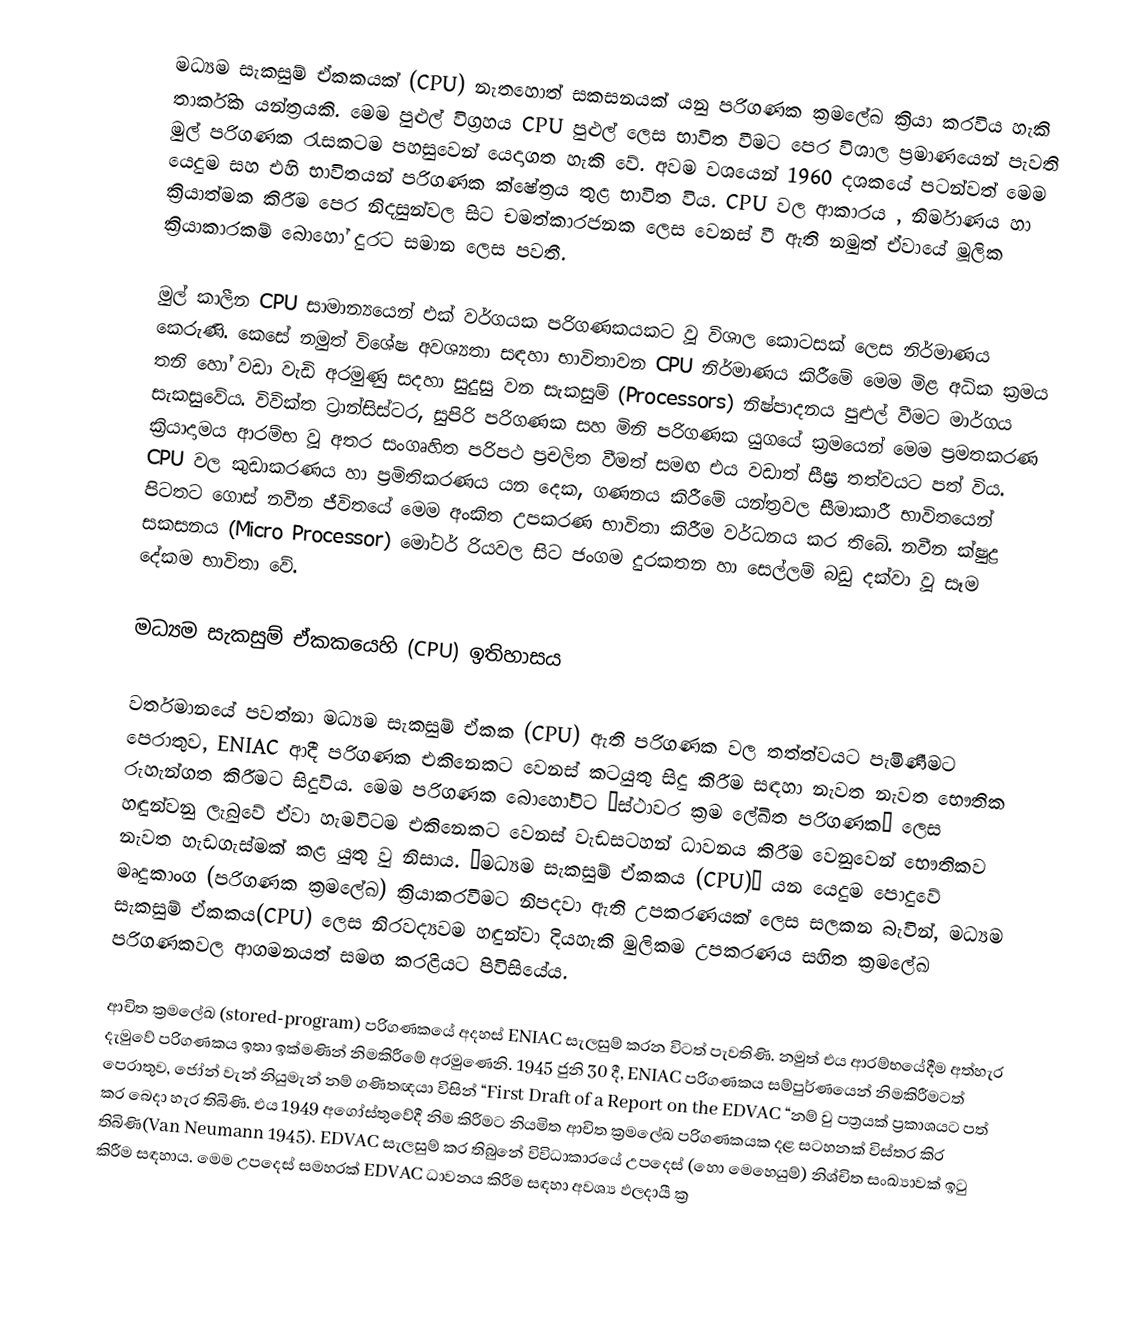
මධ්‍යම සැකසුම් ඒකකයක් (CPU) නැතහොත් සකසනයක් යනු පරිගණක ක්‍රමලේඛ ක්‍රියා කරවිය හැකි තාර්කික යන්ත්‍රයකි. මෙම පුළුල් විග්‍රහය CPU පුළුල් ලෙස භාවිත වීමට පෙර විශාල ප්‍රමාණයෙන් පැවති මුල් පරිගණක රැසකටම පහසුවෙන් යෙදාගත හැකි වේ. අවම වශයෙන් 1960 දශකයේ පටන්වත් මෙම යෙදුම සහ එහි භාවිතයන් පරිගණක ක්ෂේත්‍රය තුළ භාවිත විය. CPU වල ආකාරය , නිර්මාණය හා ක්‍රියාත්මක කිරීම පෙර නිදසුන්වල සිට චමත්කාරජනක ලෙස වෙනස් වී ඇති නමුත් ඒවායේ මූලික ක්‍රියාකාරකම් බොහෝ දුරට  සමාන ලෙස පවතී.

මුල් කාලීන CPU සාමාන්‍යයෙන් එක් වර්ගයක පරිගණකයකට වූ විශාල කොටසක් ලෙස නිර්මාණය කෙරුණි. කෙසේ නමුත් විශේෂ අවශ්‍යතා සඳහා භාවිතාවන CPU නිර්මාණය කිරීමේ ‍මෙම මිළ අධික ක්‍රමය තනි හෝ වඩා වැඩි අරමුණු සදහා සුදුසු වන සැකසුම් (Processors) නිෂ්පාදනය පුළුල් වීමට මාර්ගය සැකසුවේය.  විවික්ත ට්‍රාන්සිස්ටර, සුපිරි පරිගණක සහ මිනි පරිගණක යුගයේ ක්‍රමයෙන් මෙම ප්‍රමතකරණ ක්‍රියාදාමය ආරම්භ වූ අතර සංගෘහිත පරිපථ ප්‍රචලිත වීමත් සමඟ එය වඩාත් සීඝ්‍ර තත්වයට පත් විය. CPU වල කුඩාකරණය හා ප්‍රමිතිකරණය යන දෙක, ගණනය කිරීමේ යන්ත්‍රවල සීමාකාරී භාවිතයෙන් පිටතට ගොස් නවීන ජීවිතයේ මෙම අංකිත උපකරණ භාවිතා කිරීම වර්ධනය කර තිබේ. නවීන ක්ෂුද්‍ර සකසනය (Micro Processor) මෝටර්  රියවල සිට ජංගම දුරකතන හා සෙල්ලම් බඩු දක්වා වූ සෑම දේකම භාවිතා වේ.

මධ්‍යම සැකසුම් ඒකකයෙහි (CPU) ඉතිහාසය

වර්තමානයේ පවත්නා මධ්‍යම සැකසුම් ඒකක (CPU) ඇති පරිගණක වල තත්ත්වයට පැමිණීමට පෙරාතුව, ENIAC ආදී පරිගණක එකිනෙකට වෙනස් කටයුතු සිදු කිරීම සඳහා නැවත නැවත භෞතික රුහැන්ගත කිරීමට සිදුවිය. මෙම පරිගණක බොහෝවිට “ස්ථාවර ක්‍රම ලේඛිත පරිගණක” ලෙස හඳුන්වනු ලැබුවේ ‍ඒවා හැමවිටම එකිනෙකට වෙනස් වැඩසටහන් ධාවනය කිරීම වෙනුවෙන් භෞතිකව නැවත හැඩගැස්මක් කළ යුතු වු නිසාය. “මධ්‍යම සැකසුම් ඒකකය (CPU)” යන යෙදුම පොදුවේ මෘදුකාංග (පරිගණක ක්‍රමලේඛ) ක්‍රියාකරවීමට නිපදවා ඇති උපකරණයක් ලෙස සලකන බැවින්, මධ්‍යම සැකසුම් ඒකකය(CPU) ලෙස නිරවද්‍යවම හඳුන්වා දියහැකි මුලිකම උපකරණය ‍සහිත ක්‍රමලේඛ පරිගණකවල ආගමනයත් සමඟ කරළියට පිවිසියේය.

ආචිත ක්‍රමලේඛ (stored-program) පරිගණකයේ අදහස් ENIAC සැලසුම් කරන විටත් පැවතිණි. නමුත් එය ආරම්භයේදීම අත්හැර දැමුවේ පරිගණකය ඉතා ඉක්මණින් නිමකිරීමේ අරමුණෙනි. 1945 ජුනි 30 දී,  ENIAC  පරිගණකය සම්පුර්ණයෙන් නිමකිරීමටත් පෙරාතුව, ජෝන් වැන් නියුමැන් නම් ගණිතඥයා විසින්  “First Draft of a Report on the EDVAC “නම් වු පත්‍රයක් ප්‍රකාශයට පත් කර බෙදා හැර තිබිණි. එය 1949 අගෝස්තුවේදී නිම කිරීමට නියමිත ආචිත ක්‍රමලේඛ පරිගණකයක දළ සටහනක් විස්තර කිර තිබිණි(Van Neumann 1945). EDVAC  සැලසුම් කර තිබු‍නේ විවිධාකාරයේ උපදෙස් (හො මෙහෙයුම්) නිශ්චිත සංඛ්‍යාවක් ඉටු කිරීම සඳහාය. මෙම උපදෙස් සමහරක් EDVAC ධාවනය කිරීම සඳහා අවශ්‍ය ඵලදායී ක්‍ර